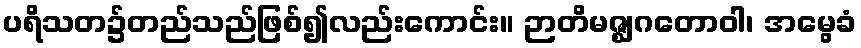
ပရိသတ၌တည်သည်ဖြစ်၍လည်းကောင်း။ ဉာတိမဇ္ဈဂတောဝါ၊ အမွေခံ